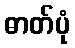
ဓာတ်ပုံ